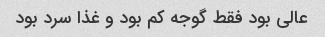
عالی بود فقط گوجه کم بود و غذا سرد بود